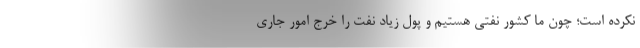
نکرده است؛ چون ما کشور نفتی هستیم و پول زیاد نفت را خرج امور جاری